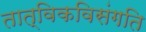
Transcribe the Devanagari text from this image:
तात्विकविसंगति